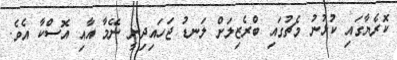
ކޮރެޔާގައި ކުޅުނު މެޗުގައި ބްރެޒިލަށް ލަނޑު ޖަހައިދިނީ ނޭމާ އާއި އޮސްކާ އެވެ.